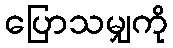
ပြောသမျှကို